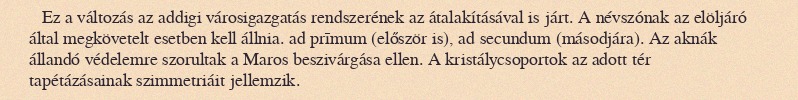
Ez a változás az addigi városigazgatás rendszerének az átalakításával is járt. A névszónak az elöljáró által megkövetelt esetben kell állnia. ad prīmum (először is), ad secundum (másodjára). Az aknák állandó védelemre szorultak a Maros beszivárgása ellen. A kristálycsoportok az adott tér tapétázásainak szimmetriáit jellemzik.